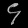
Digit: ၄